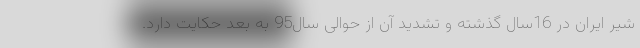
شیر ایران در 16سال گذشته و تشدید آن از حوالی سال95 به بعد حکایت دارد.